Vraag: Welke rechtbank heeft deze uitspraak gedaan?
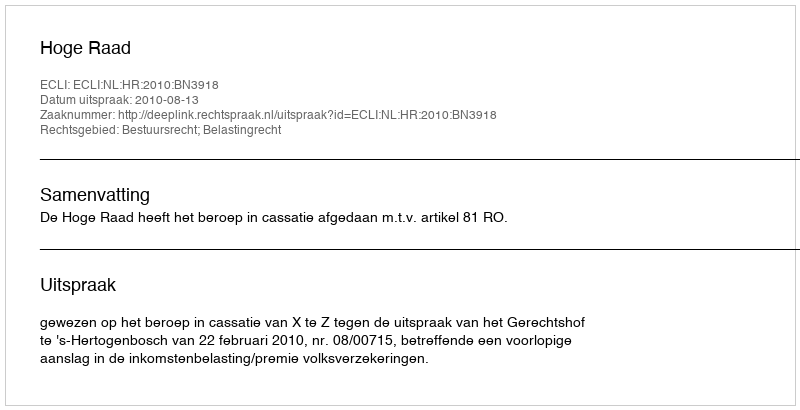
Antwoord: Hoge Raad